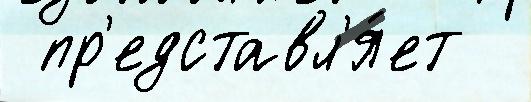
 пр'едставл'я́ет